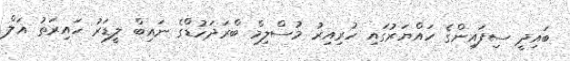
ބައިދީ ސިފައިންގެ ހައްޔަރުގައި ހުރިއިރު މުސްލިމް ބްރަދަހުޑްގެ ނައިބް ލީޑަރު ހައިރަތު އަލް